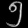
Digit: ၅